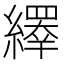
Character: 𦆎